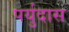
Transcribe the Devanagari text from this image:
पर्युदास